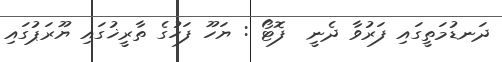
ދަނޑުމަތީގައި ފަރުވާ ދެނީ  ފޮޓޯ : ޔަހޫ ފަހުގެ ތާރީޚުގައި ޔޫރަޕުގައި